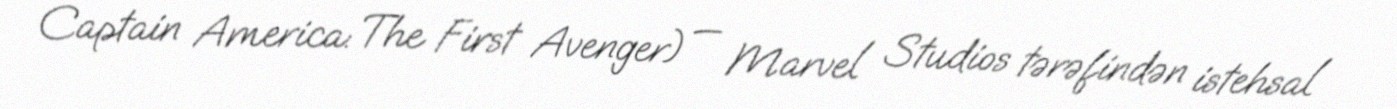
Captain America: The First Avenger) — Marvel Studios tərəfindən istehsal